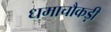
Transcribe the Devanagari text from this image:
धमाचौकड़ी